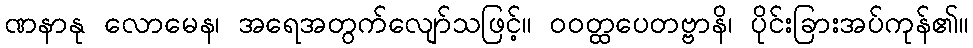
ဏနာနု လောမေန၊ အရေအတွက်လျော်သဖြင့်။ ဝဝတ္ထပေတဗ္ဗာနိ၊ ပိုင်းခြားအပ်ကုန်၏။